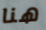
هنا